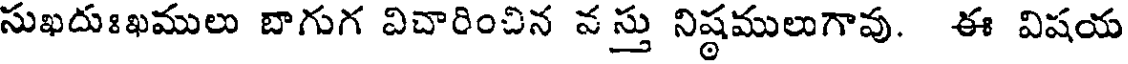
సుఖదుఃఖములు బాగుగ విచారించిన వ స్తు నిష్ఠములుగావు. ఈ విషయ